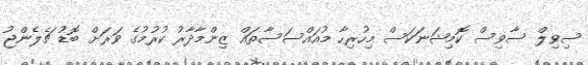
ސިވިލް ސާވިސް ކޮމިޝަނަކަސް މިހުރިހާ މުއައްސަސާތައް ޒިންމާދާރު ކުރުމުގެ ވަރަށް ބޮޑު ޗެލެންޖު